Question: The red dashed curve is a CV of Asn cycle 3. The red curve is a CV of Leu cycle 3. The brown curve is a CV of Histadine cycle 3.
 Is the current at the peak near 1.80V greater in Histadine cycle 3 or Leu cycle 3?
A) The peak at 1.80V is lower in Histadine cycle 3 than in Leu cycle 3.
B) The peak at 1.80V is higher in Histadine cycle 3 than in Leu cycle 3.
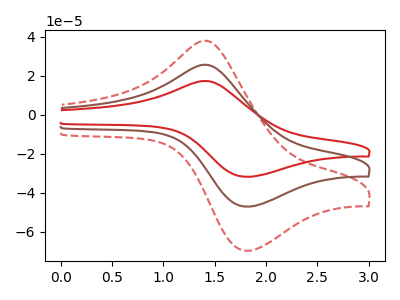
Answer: <think>The red dashed curve "Asn cycle 3" has an anodic peak at (1.45V, 50.75uA) and a cathodic peak at (1.80V, -94.15uA). The red curve "Leu cycle 3" has an anodic peak at (1.45V, 17.15uA) and a cathodic peak at (1.80V, -31.80uA). The brown curve "Histadine cycle 3" has an anodic peak at (1.45V, 25.40uA) and a cathodic peak at (1.80V, -47.05uA).</think>
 <answer>B) The peak at 1.80V is higher in "Histadine cycle 3" than in "Leu cycle 3".</answer>
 <eval>B</eval>